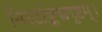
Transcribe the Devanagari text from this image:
निरटङ्किच्चदुष्टम्।